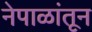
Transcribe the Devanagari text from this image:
नेपाळांतून